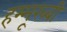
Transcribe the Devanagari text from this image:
हम्मूरब्बी